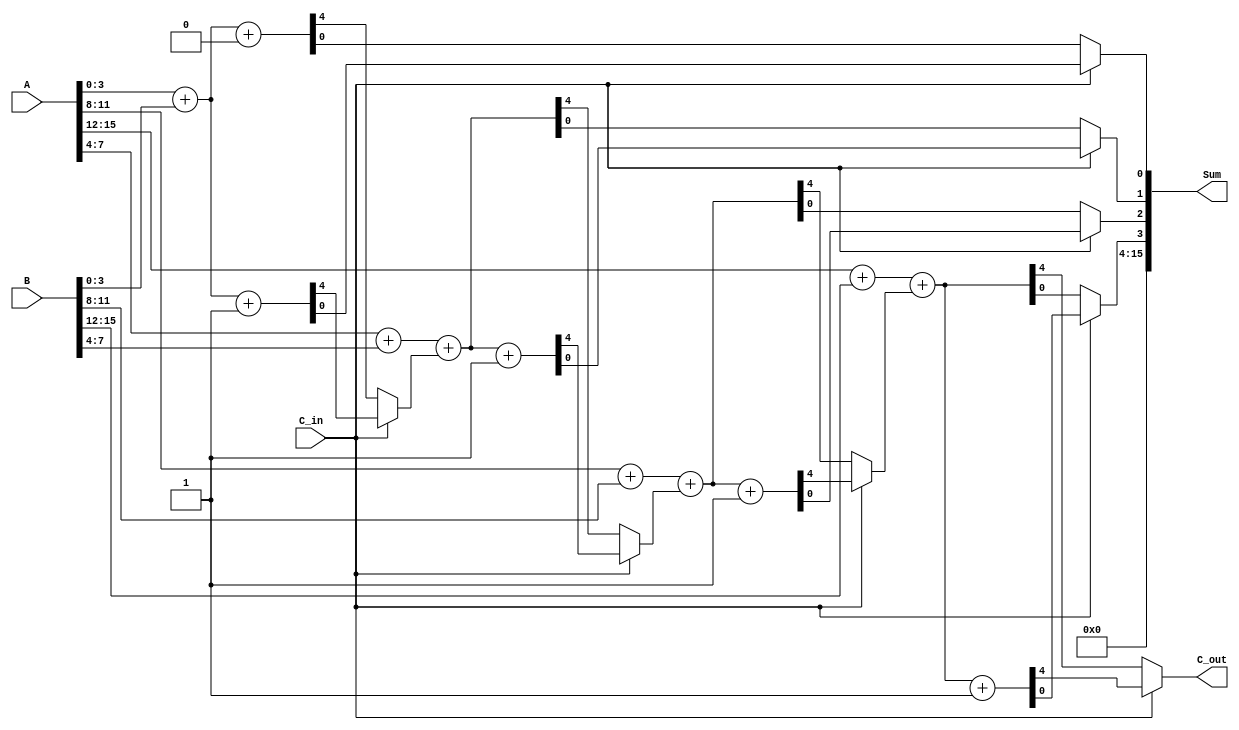
module HybridCarrySelectAdder (
    input [15:0] A,        // 16-bit input operand A
    input [15:0] B,        // 16-bit input operand B
    input C_in,            // Carry input
    output [15:0] Sum,     // 16-bit sum output
    output C_out           // Carry output
);

    // Internal signals for sum and carry
    wire [3:0] S0 [3:0];   // Sum outputs for carry-in = 0
    wire [3:0] S1 [3:0];   // Sum outputs for carry-in = 1
    wire [3:0] C0 [3:0];   // Carry outputs for carry-in = 0
    wire [3:0] C1 [3:0];   // Carry outputs for carry-in = 1
    wire [3:0] C_select;    // Selected carry outputs
    wire [3:0] S_select;    // Selected sum outputs

    // Generate the sum and carry for each segment
    genvar i;
    generate
        for (i = 0; i < 4; i = i + 1) begin: segment
            // 4-bit segment addition
            if (i == 0) begin
                // First segment
                assign {C0[i], S0[i]} = A[3:0] + B[3:0] + 0;  // C_in = 0
                assign {C1[i], S1[i]} = A[3:0] + B[3:0] + 1;  // C_in = 1
            end else begin
                // Subsequent segments
                assign {C0[i], S0[i]} = A[(i+1)*4-1 -: 4] + B[(i+1)*4-1 -: 4] + C_select[i-1];  // C_in = C_select from previous segment
                assign {C1[i], S1[i]} = A[(i+1)*4-1 -: 4] + B[(i+1)*4-1 -: 4] + C_select[i-1] + 1;  // C_in = C_select from previous segment
            end
            
            // Carry selection logic
            assign C_select[i] = C_in ? C1[i] : C0[i];
            assign S_select[i] = C_in ? S1[i] : S0[i];
        end
    endgenerate

    // Final output generation
    assign Sum = {S_select[3], S_select[2], S_select[1], S_select[0]};
    assign C_out = C_select[3];

endmodule